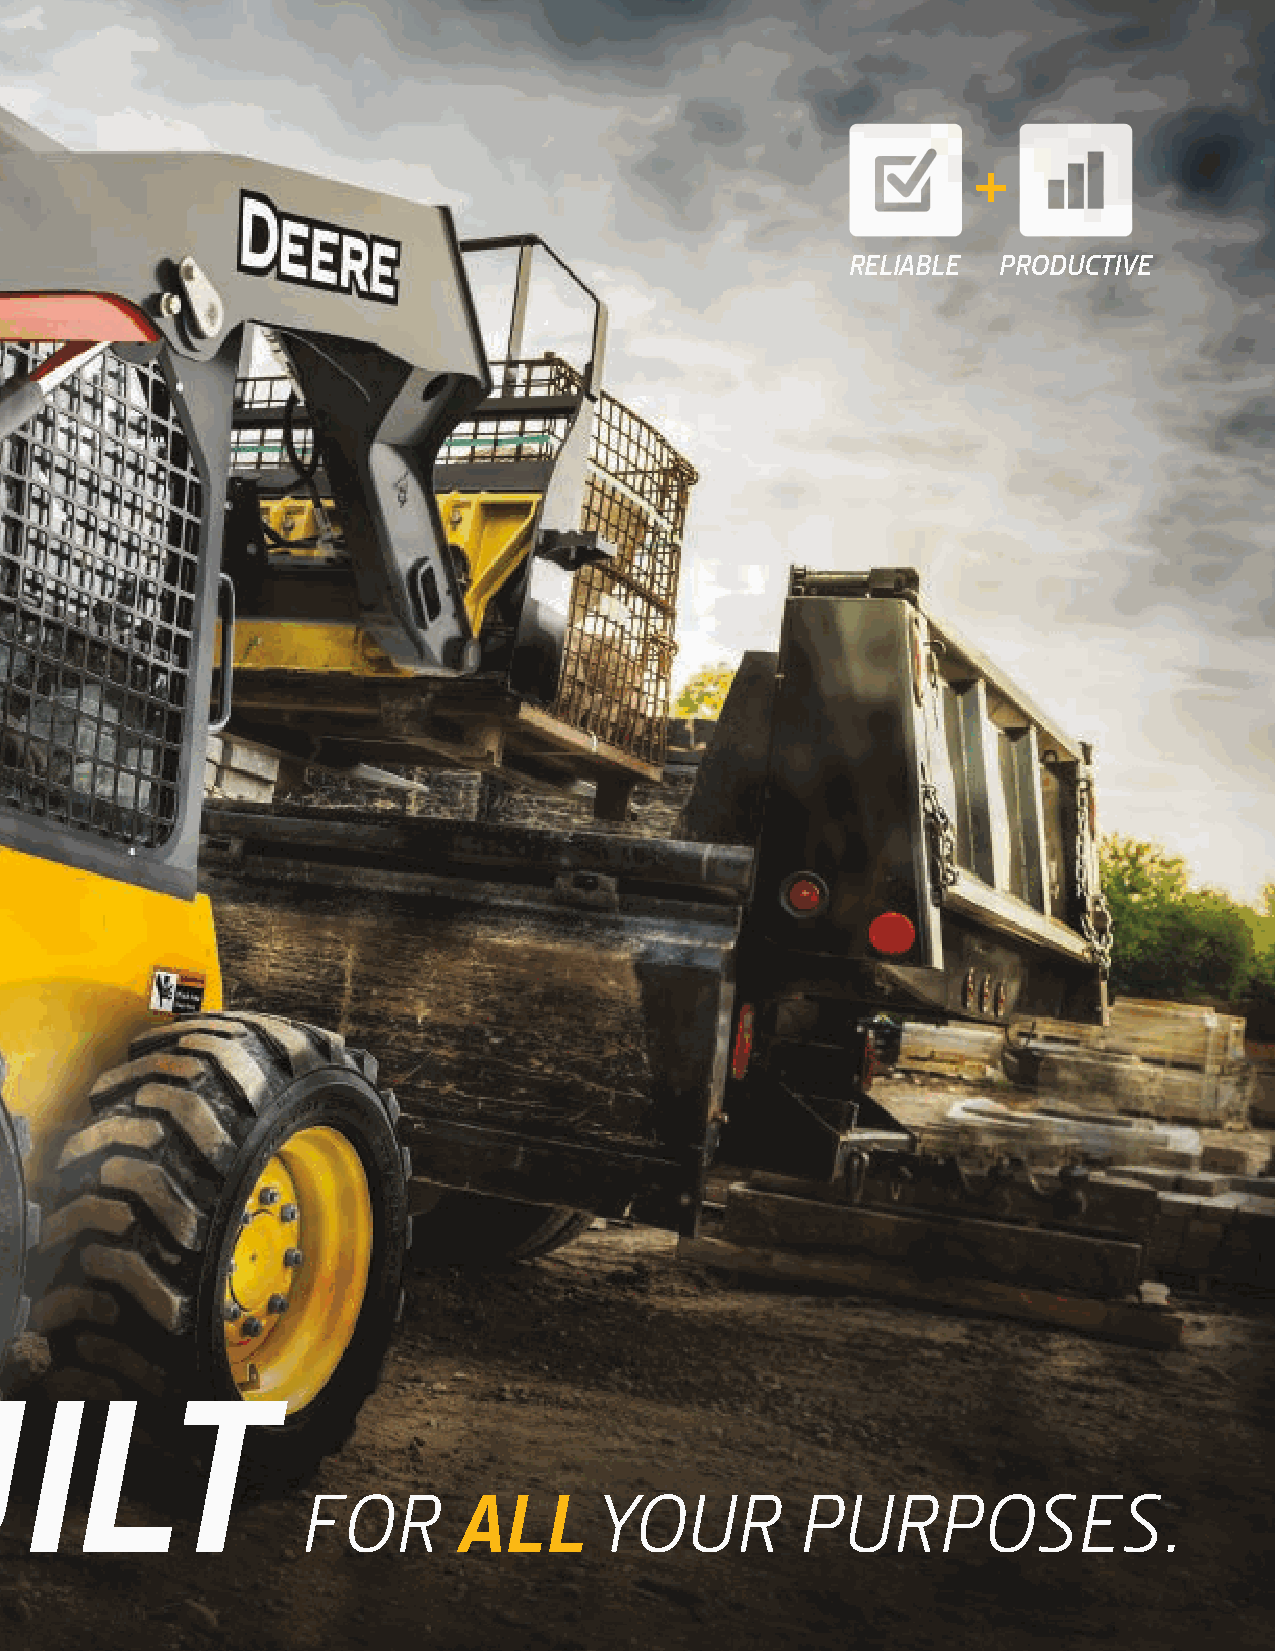
+
 RELIABLE  PRODUCTIVE
 UILT
 FOR       ALL      YOUR          PURPOSES.